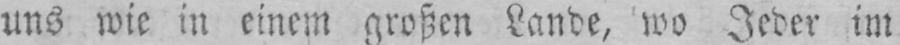
uns wie in einem großen Lande, wo Jeder im